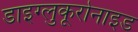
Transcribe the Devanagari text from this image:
डाइग्लुकूरोनाइड